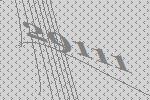
29111